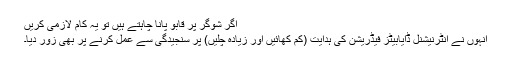
اگر شوگر پر قابو پانا چاہتے ہیں تو یہ کام لازمی کریں
انہوں نے انٹرنیشنل ڈایابیٹز فیڈریشن کی ہدایت (کم کھائیں اور زیادہ چلیں) پر سنجیدگی سے عمل کرنے پر بھی زور دیا۔